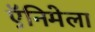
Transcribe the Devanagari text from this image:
ऍनिमेला